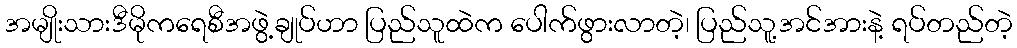
အမျိုးသားဒီမိုကရေစီအဖွဲ့ချုပ်ဟာ ပြည်သူထဲက ပေါက်ဖွားလာတဲ့၊ ပြည်သူ့အင်အားနဲ့ ရပ်တည်တဲ့